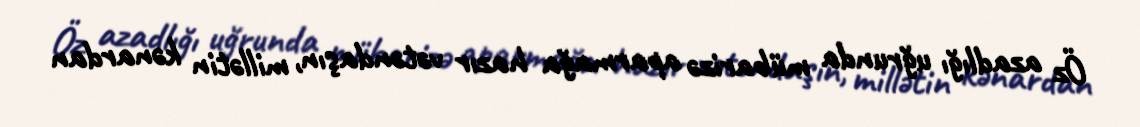
Öz azadlığı uğrunda mübarizə aparmağa hazır vətəndaşın, millətin kənardan